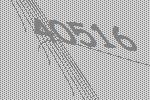
40516